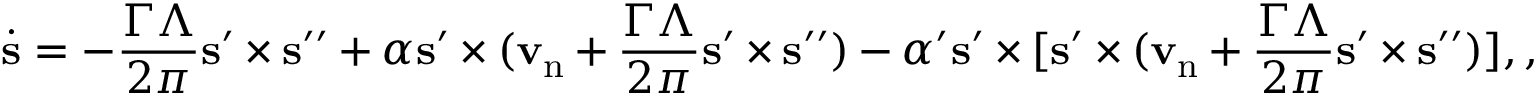
\dot { { \bf s } } = - \frac { \Gamma \Lambda } { 2 \pi } { \bf s } ^ { \prime } \times { \bf s } ^ { \prime \prime } + \alpha { \bf s ^ { \prime } } \times ( { \bf v } _ { \mathrm { n } } + \frac { \Gamma \Lambda } { 2 \pi } { \bf s } ^ { \prime } \times { \bf s } ^ { \prime \prime } ) - \alpha ^ { \prime } { \bf s ^ { \prime } } \times [ { \bf s } ^ { \prime } \times ( { \bf v } _ { \mathrm { n } } + \frac { \Gamma \Lambda } { 2 \pi } { \bf s } ^ { \prime } \times { \bf s } ^ { \prime \prime } ) ] , ,